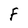
Character: F